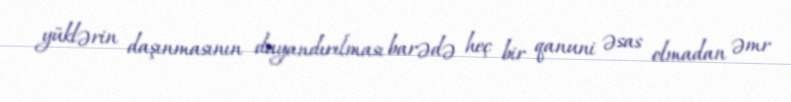
yüklərin daşınmasının dayandırılması barədə heç bir qanuni əsas olmadan əmr